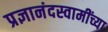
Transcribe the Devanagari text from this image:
प्रज्ञानंदस्वामींच्या